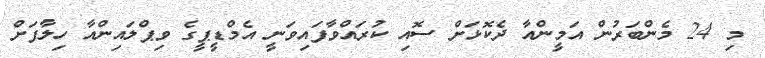
މި 24 މެންބަރުން އަމީންއާ ދެކޮޅަށް ސޮއި ކުރައްވާފައިވަނީ އެމްޑީޕީގެ ވިޕްލައިންއާ ހިލާފަށް